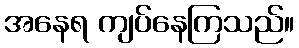
အနေရ ကျပ်နေကြသည်။